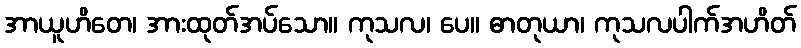
အာယူဟိတေ၊ အားထုတ်အပ်သော။ ကုသလ၊ ပေ။ ဓာတုယာ၊ ကုသလပါက်အဟိတ်